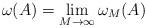
LaTeX: \begin{align*}\omega (A) = \lim_{M \to \infty} \omega_M (A) \end{align*}